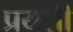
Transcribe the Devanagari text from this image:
प्रयसी